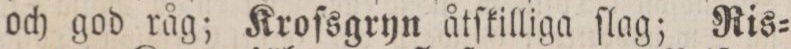
och god råg; Kroſsgryn åtſkilliga ſlag; Ris=